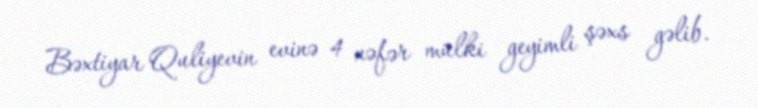
Bəxtiyar Quliyevin evinə 4 nəfər mülki geyimli şəxs gəlib.